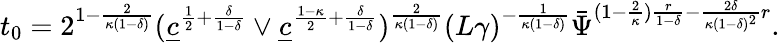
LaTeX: t_{0}=2^{1-\frac{2}{\kappa(1-\delta)}}(\underline{{c}}^{\frac{1}{2}+\frac{\delta}{1-\delta}}\vee\underline{{c}}^{\frac{1-\kappa}{2}+\frac{\delta}{1-\delta}})^{\frac{2}{\kappa(1-\delta)}}(L\gamma)^{-\frac{1}{\kappa(1-\delta)}}\bar{\Psi}^{(1-\frac{2}{\kappa})\frac{r}{1-\delta}-\frac{2\delta}{\kappa(1-\delta)^{2}}r}.